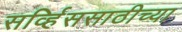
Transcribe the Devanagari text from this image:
सर्व्हिससाठीच्या